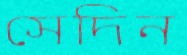
সেদিন